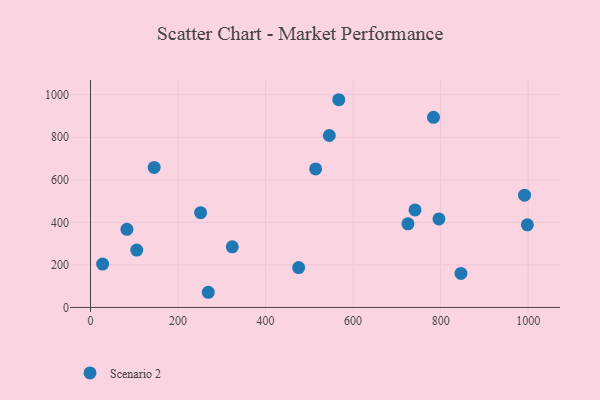
{"axis": {"x": "Speed", "y": "Rating"}, "legend": ["Scenario 2"], "data": [{"x": "475.6", "y": 187.7, "type": "Scenario 2"}, {"x": "796.1", "y": 416.0, "type": "Scenario 2"}, {"x": "846.4", "y": 160.1, "type": "Scenario 2"}, {"x": "514.4", "y": 651.3, "type": "Scenario 2"}, {"x": "27.7", "y": 203.8, "type": "Scenario 2"}, {"x": "725.3", "y": 393.1, "type": "Scenario 2"}, {"x": "783.7", "y": 894.0, "type": "Scenario 2"}, {"x": "269.1", "y": 71.4, "type": "Scenario 2"}, {"x": "105.6", "y": 269.9, "type": "Scenario 2"}, {"x": "324.0", "y": 285.0, "type": "Scenario 2"}, {"x": "741.5", "y": 458.7, "type": "Scenario 2"}, {"x": "251.6", "y": 445.4, "type": "Scenario 2"}, {"x": "83.2", "y": 367.3, "type": "Scenario 2"}, {"x": "145.5", "y": 658.3, "type": "Scenario 2"}, {"x": "998.2", "y": 388.5, "type": "Scenario 2"}, {"x": "567.3", "y": 976.5, "type": "Scenario 2"}, {"x": "991.7", "y": 527.9, "type": "Scenario 2"}, {"x": "545.6", "y": 808.3, "type": "Scenario 2"}]}